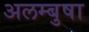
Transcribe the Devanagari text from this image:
अलम्बुषा